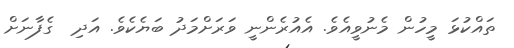
ތައްކުޅަ މީހުން މެނުވީއެވެ. އެއުރެންނީ ވަރަށްމަދު ބަޔެކެވެ. އަދި  ގެފާނަށް